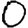
Digit: 0